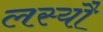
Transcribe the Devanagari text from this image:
लस्यौ